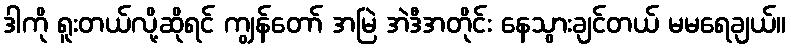
ဒါကို ရူးတယ်လို့ဆိုရင် ကျွန်တော် အမြဲ အဲဒီအတိုင်း နေသွားချင်တယ် မမရေချယ်။